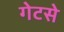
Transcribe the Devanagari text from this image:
गेटसे